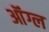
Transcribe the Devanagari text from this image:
ऑंग्ल